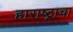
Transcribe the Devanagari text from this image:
हाराष्ट्राचा